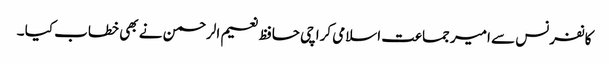
کانفرنس سے امیر جماعت اسلامی کراچی حافظ نعیم الرحمن نے بھی خطاب کیا ۔